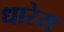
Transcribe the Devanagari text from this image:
धारेस